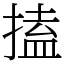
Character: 搕